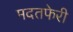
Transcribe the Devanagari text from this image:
मदतफेरी